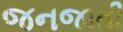
જનજાતી